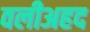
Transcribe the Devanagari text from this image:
वलीअहद